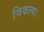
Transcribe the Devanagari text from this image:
विकल्प।